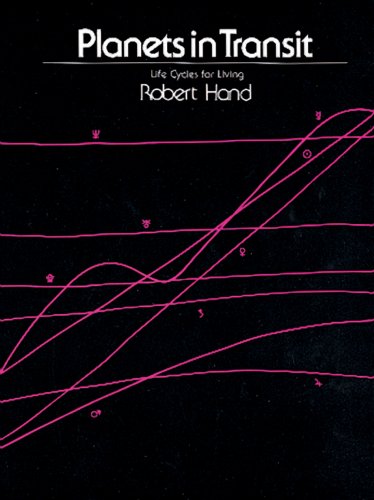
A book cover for Planets in Transit: Life Cycles for Living; Robert Hand; Religion & Spirituality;